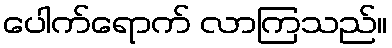
ပေါက်ရောက် လာကြသည်။